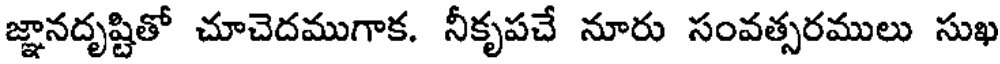
జ్ఞానదృష్టితో చూచెదముగాక. నీకృపచే నూరు సంవత్సరములు సుఖ